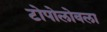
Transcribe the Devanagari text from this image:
टोपोलोवला